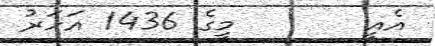
އެއީ       މީގެ 1436 އަހަރު